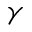
\gamma